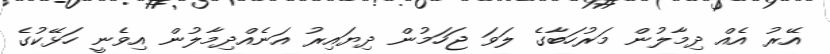
އޭރު އެއް ދިމާލުން މަރުހަބާގެ ލަވަ ޖަހަމުން ދިޔައިރު އަނެއްދިމާލުން އިވެނީ ހަޅޭކުގެ